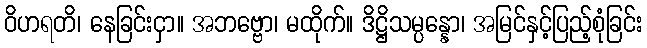
ဝိဟရတိ၊ နေခြင်းငှာ။ အဘဗ္ဗော၊ မထိုက်။ ဒိဋ္ဌိသမ္ပန္နော၊ အမြင်နှင့်ပြည့်စုံခြင်း